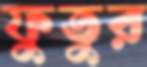
ফুতুর